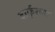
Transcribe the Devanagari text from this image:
दार्फुरच्या